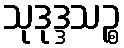
သုဒုဒ္ဒသဉ္စ